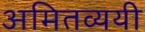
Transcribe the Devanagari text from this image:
अमितव्ययी